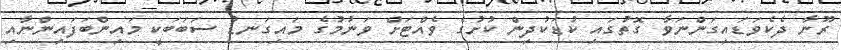
ރޫނާ ދެކެވަޑައިގަންނަވާ ގޮތުގައި ކުޑަކުދިން ކުށުގެ ވެއްޓަށް ވަނުމުގެ މައިގަނޑު ސަބަބަކީ މައިންބަފައިންނާއި